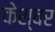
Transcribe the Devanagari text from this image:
केश्वर